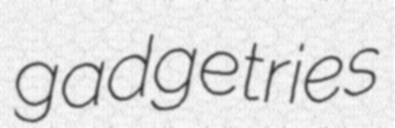
gadgetries